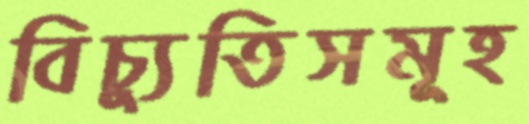
বিচ্যুতিসমূহ